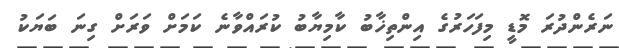
ނަރެންދުރަ މޮޑީ މިފަހަރުގެ އިންތިޚާބު ކާމިޔާބު ކުރައްވާނެ ކަމަށް ވަރަށް ގިނަ ބަޔަކު